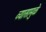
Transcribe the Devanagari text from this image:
व्यासामुळे